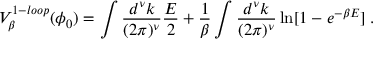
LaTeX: V _ { \beta } ^ { 1 - l o o p } ( \phi _ { 0 } ) = \int \frac { d ^ { \nu } k } { ( 2 \pi ) ^ { \nu } } { \frac { E } { 2 } } + { \frac { 1 } { \beta } } \int \frac { d ^ { \nu } k } { ( 2 \pi ) ^ { \nu } } \ln [ 1 - e ^ { - \beta E } ] \; .